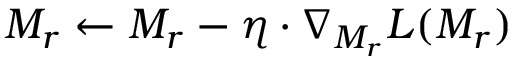
\boldsymbol { M _ { r } } \leftarrow \boldsymbol { M _ { r } } - \eta \cdot \nabla _ { \boldsymbol { M _ { r } } } L ( \boldsymbol { M _ { r } } )